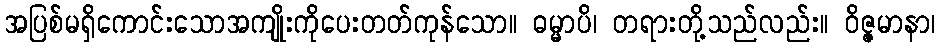
အပြစ်မရှိကောင်းသောအကျိုးကိုပေးတတ်ကုန်သော။ ဓမ္မာပိ၊ တရားတို့သည်လည်း။ ဝိဇ္ဇမာနာ၊